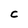
Character: C